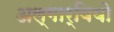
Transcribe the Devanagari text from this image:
अल्गार्वियो